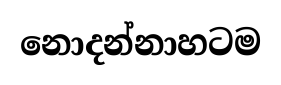
නොදන්නාහටම